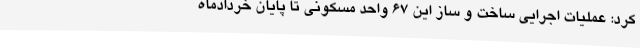
کرد: عملیات اجرایی ساخت و ساز این 67 واحد مسکونی تا پایان خردادماه